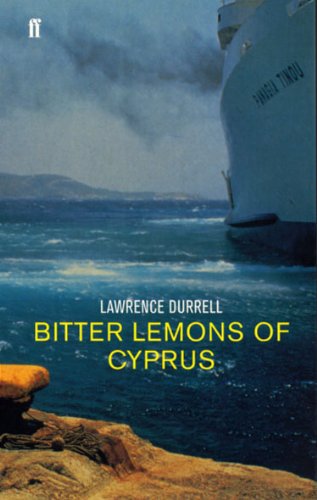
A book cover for Bitter Lemons of Cyprus; Lawrence Durrell; Travel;